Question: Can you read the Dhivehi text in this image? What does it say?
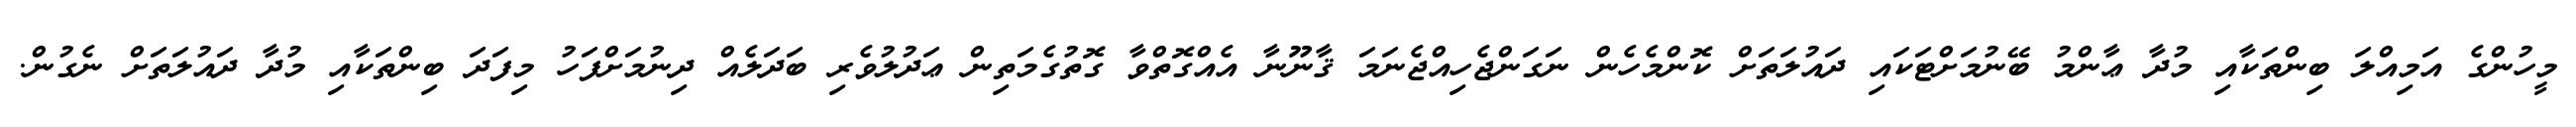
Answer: މީހުންގެ އަމިއްލަ ބިންތަކާއި މުދާ ޢާންމު ބޭނުމަށްޓަކައި ދައުލަތަށް ކޮންމެހެން ނަގަންޖެހިއްޖެނަމަ ޤާނޫނާ އެއްގޮތްވާ ގޮތުގެމަތިން ޢަދުލުވެރި ބަދަލެއް ދިނުމަށްފަހު މިފަދަ ބިންތަކާއި މުދާ ދައުލަތަށް ނެގުން.